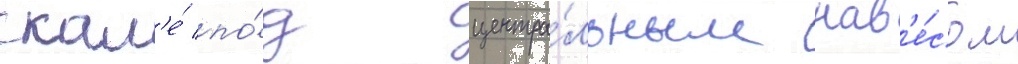
скал'е́ по́д центра́льным нав'е́сом